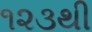
૧૨૩થી